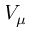
V _ { \mu }